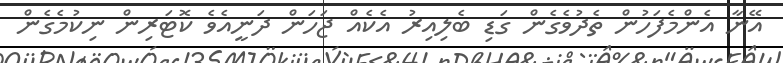
އޭނާ އެންމެފަހުން ތެދުވެގެން ގަޑި ބެލިއިރު އެކެއް ޖަހަން ދަނީއެވެ ކޮޓަރިން ނިކުމެގެން